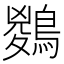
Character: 𪃊